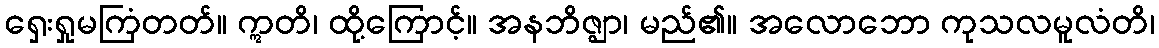
ရှေးရှုမကြံတတ်။ ဣတိ၊ ထို့ကြောင့်။ အနဘိဇ္ဈာ၊ မည်၏။ အလောဘော ကုသလမူလံတိ၊